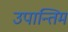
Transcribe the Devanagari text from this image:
उपान्तिम